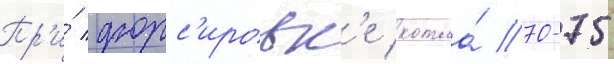
Пр'и́ форс'ировк'е котла́ 70-75